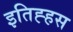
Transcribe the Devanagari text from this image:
इतिह्हस